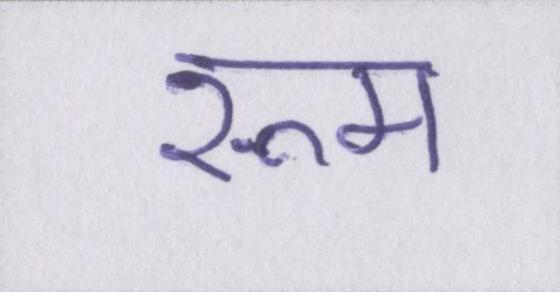
रूम